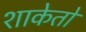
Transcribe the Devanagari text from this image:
शाकेतो